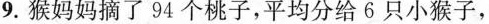
9.猴妈妈摘了94个桃子，平均分给6只小猴子，